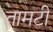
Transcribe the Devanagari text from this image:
तामटी